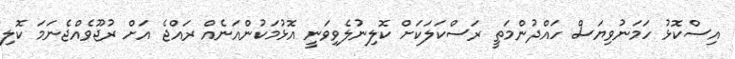
އިސްކޮޅު ހަމަނުވިޔަސް ހައްދުންމަތީ ރަސްކަލަކަށް ކޮލިނުލެވިވަނީ އޮޅުމަކުންއަނެއް ރައްޖެ އަށް ރުޖޫވެއްޖެނަމަ ކޮލި